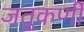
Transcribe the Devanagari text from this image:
जतुकर्णी